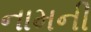
નામની